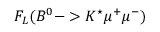
F _ { L } ( B ^ { 0 } - > K ^ { \star } \mu ^ { + } \mu ^ { - } )